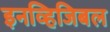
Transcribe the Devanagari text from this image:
इनव्हिजिबल